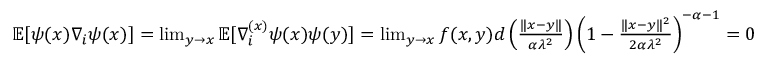
\begin{array} { r } { \mathbb { E } [ \psi ( x ) \nabla _ { i } \psi ( x ) ] = \operatorname* { l i m } _ { y \rightarrow x } \mathbb { E } [ \nabla _ { i } ^ { ( x ) } \psi ( x ) \psi ( y ) ] = \operatorname* { l i m } _ { y \rightarrow x } f ( x , y ) d \left( \frac { \| x - y \| } { \alpha \lambda ^ { 2 } } \right) \left( 1 - \frac { \| x - y \| ^ { 2 } } { 2 \alpha \lambda ^ { 2 } } \right) ^ { - \alpha - 1 } = 0 } \end{array}